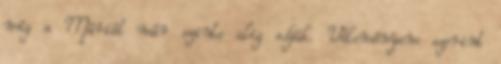
míg a Máriát már szinte alig adják. Véleményem szerint